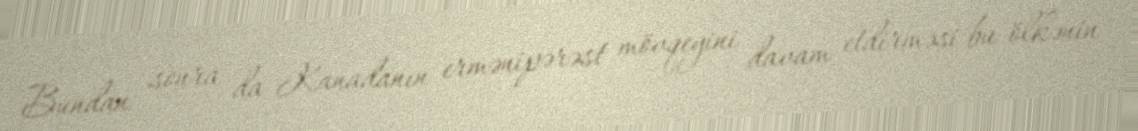
Bundan sonra da Kanadanın ermənipərəst mövqeyini davam etdirməsi bu ölkənin